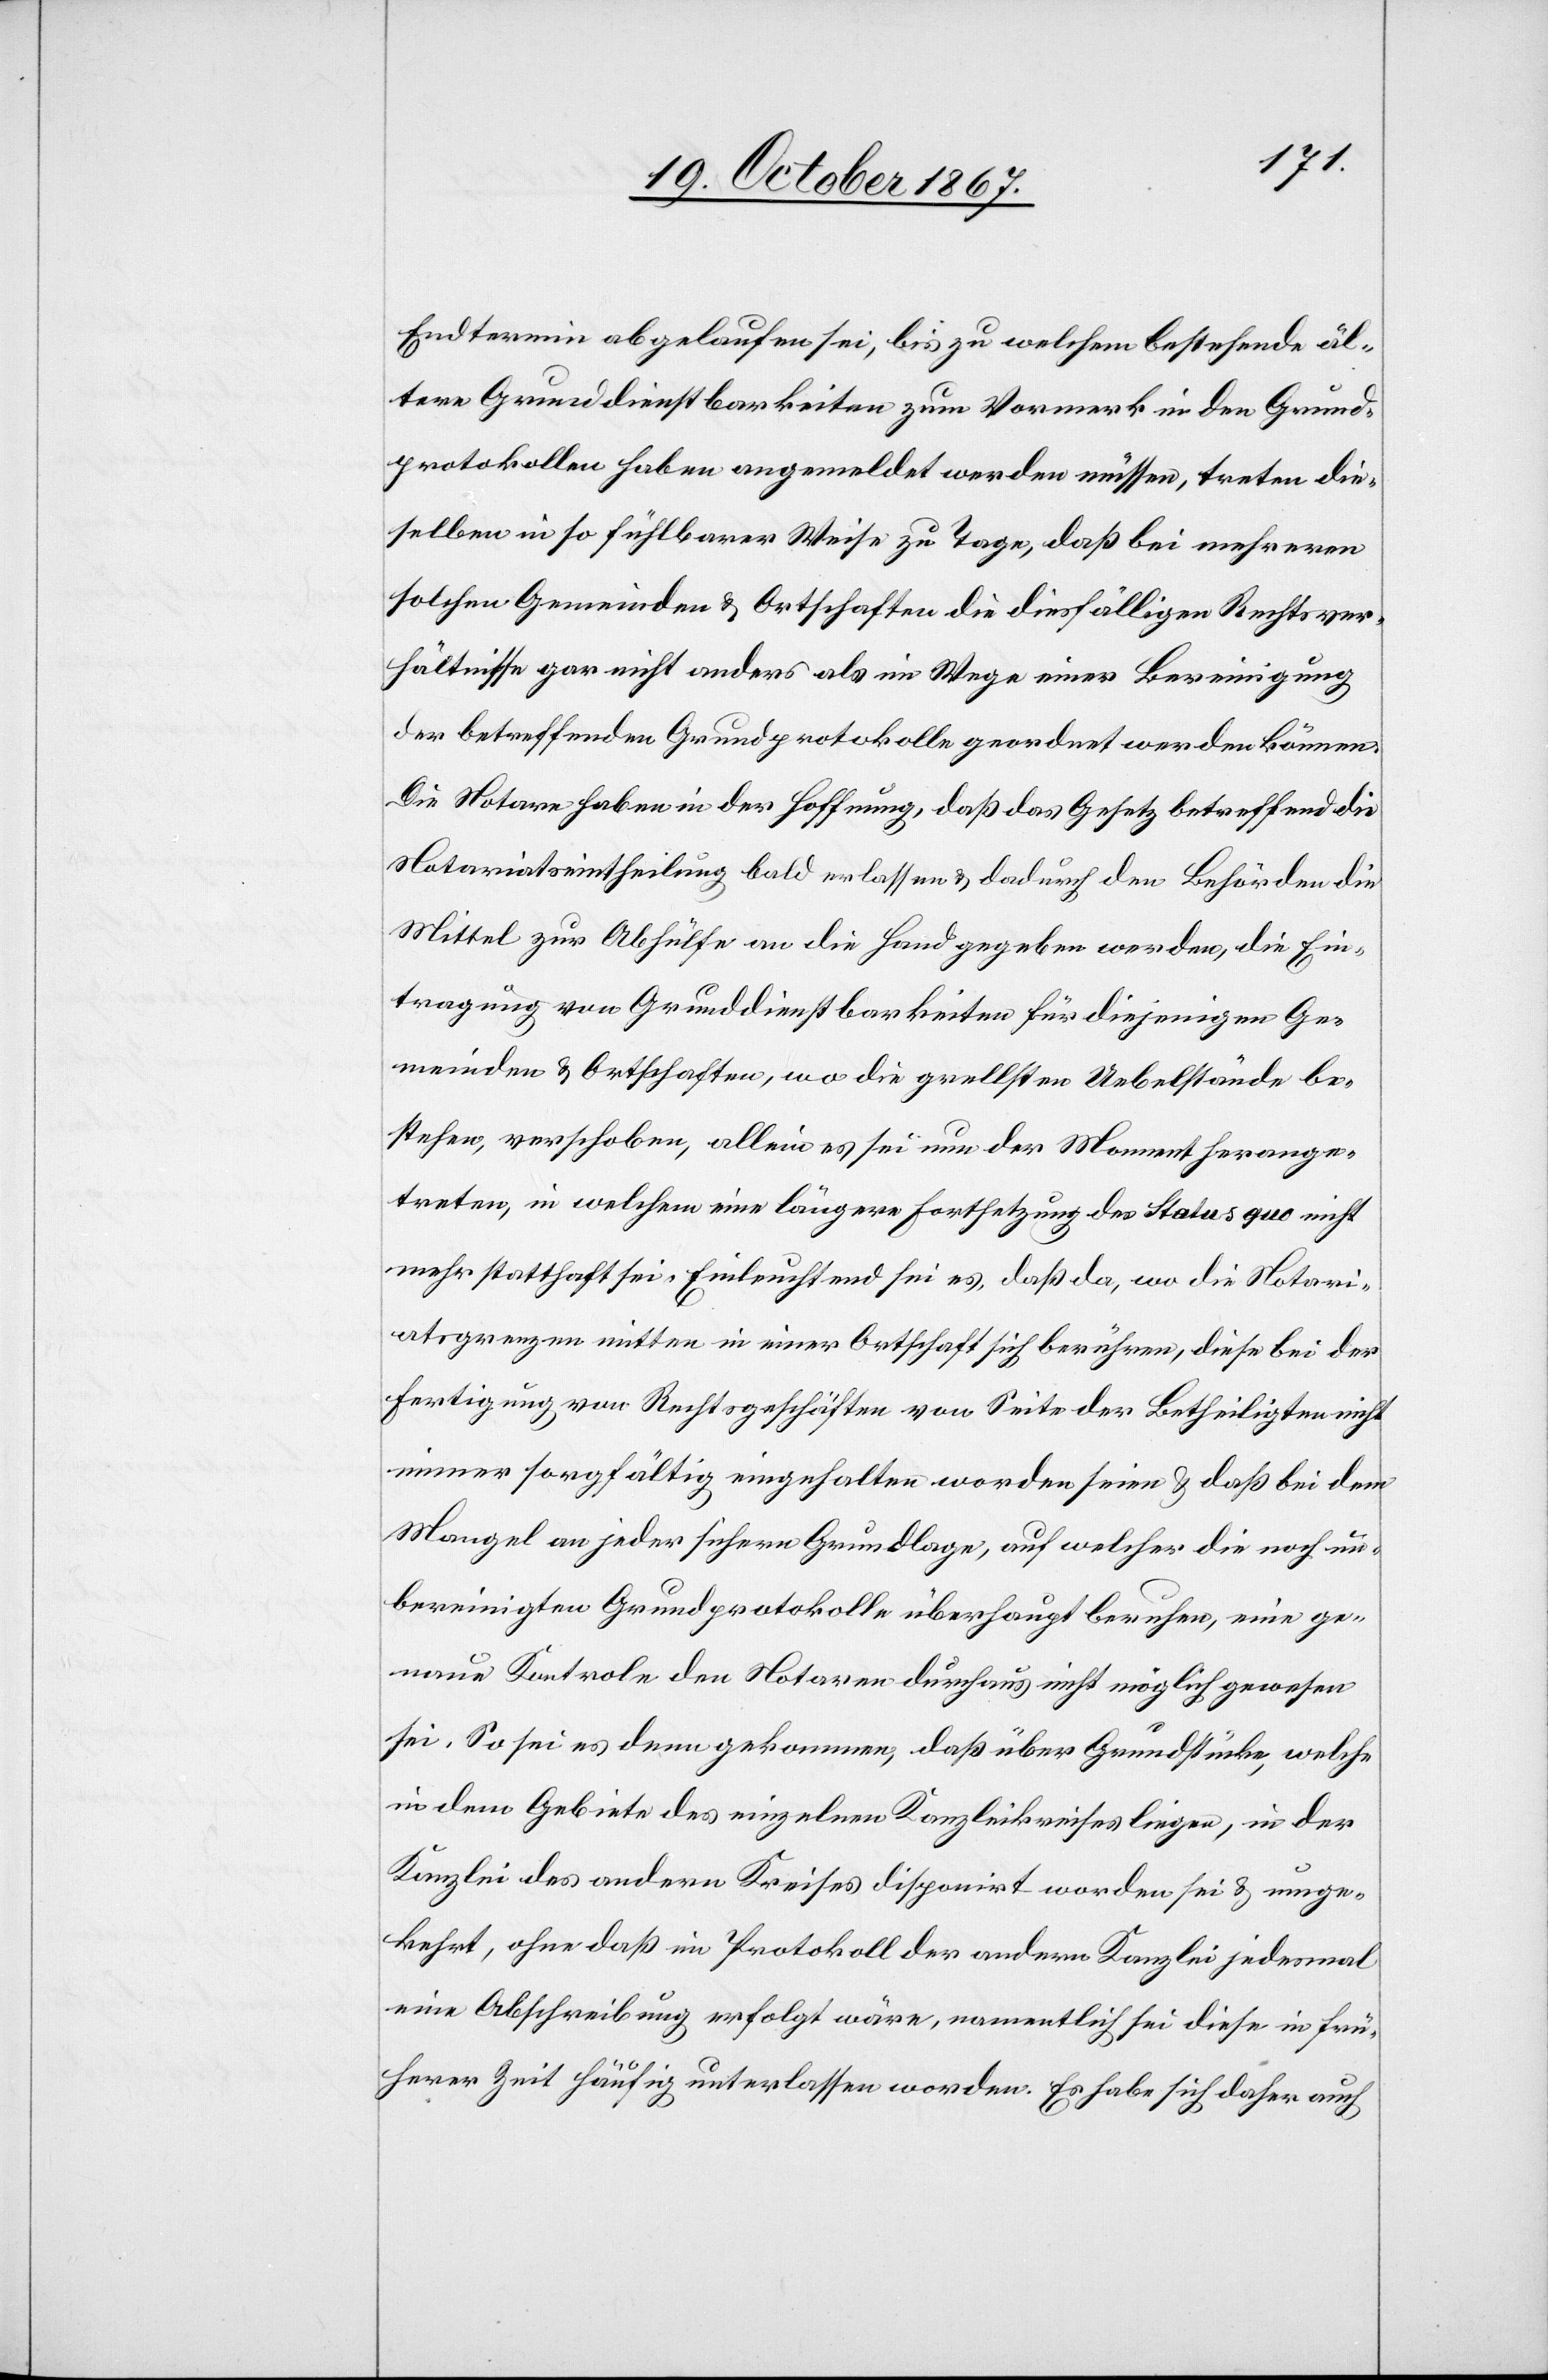
Endtermin abgelaufen sei, bis zu welchem bestehende äl¬
tere Grunddienstbarkeiten zum Vormerk in den Grund¬
protokollen haben angemeldet werden müssen, treten die¬
selben in so fühlbarer Weise zu Tage, daß bei mehreren
solchen Gemeinden u. Ortschaften die diesfälligen Rechtsver¬
hältnisse gar nicht anders als im Wege einer Bereinigung
der betreffenden Grundprotokolle geordnet werden können.
Die Notare haben in der Hoffnung, daß das Gesetz betreffend die
Notariatseintheilung bald erlassen u. dadurch den Behörden die
Mittel zur Abhülfe an die Hand gegeben werden, die Ein¬
tragung von Grunddienstbarkeiten für diejenigen Ge¬
meinden u. Ortschaften, wo die grellsten Uebelstände be¬
stehen, verschoben, allein es sei nun der Moment herange¬
treten, in welchem eine längere Fortsetzung des status quo nicht
mehr statthaft sei. Einleuchtend sei es, daß da, wo die Notari¬
atsgrenzen mitten in einer Ortschaft sich berühren, diese bei der
Fertigung von Rechtsgeschäften von Seite der Betheiligten nicht
immer sorgfältig eingehalten worden seien u. daß bei dem
Mangel an jeder sichern Grundlage, auf welcher die noch un¬
bereinigten Grundprotokolle überhaupt beruhen, eine ge¬
naue Kontrole den Notaren durchaus nicht möglich gewesen
sei. So sei es denn gekommen, daß über Grundstücke, welche
in dem Gebiete des einzelnen Kanzleikreises liegen, in der
Kanzlei des andern Kreises disponirt worden sei u. umge¬
kehrt, ohne daß im Protokoll der andern Kanzlei jedesmal
eine Abschreibung erfolgt wäre, namentlich sei diese in frü¬
herer Zeit häufig unterlassen worden. Es habe sich daher auch